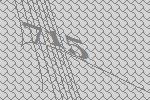
715